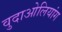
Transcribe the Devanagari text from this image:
वुदाओलियांग